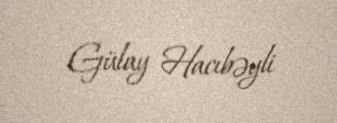
Gülay Hacıbəyli